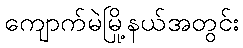
ကျောက်မဲမြို့နယ်အတွင်း